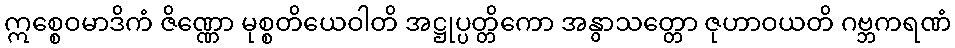
ဣစ္စေဝမာဒိကံ ဇိဏ္ဏော မုစ္စတိယေဝါတိ အဋ္ဌုပ္ပတ္တိကော အနွာသတ္တော ဇုဟာဝယတိ ဂဗ္ဘကရဏံ